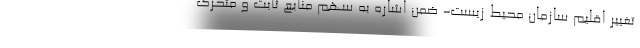
تغییر اقلیم سازمان محیط زیست- ضمن اشاره به سهم منابع ثابت و متحرک